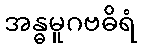
အန္ဓမူဂဗဓိရံ